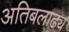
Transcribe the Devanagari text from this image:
अतिबलाढ्य